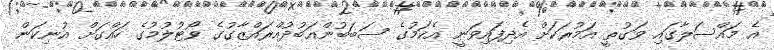
އެ މައްސަލާގައި ވަގުތީ އަމުރަކަށް އެދިފައިވަނީ އެކަމުގެ ސަބަބުންއަބުދުއްރައްޒާގުގެ ވޯޓުލުމުގެ ހައްގަށް އުނިކަން